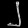
Digit: ၂